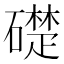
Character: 礎